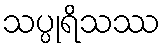
သပ္ပုရိသဿ